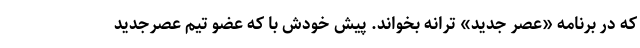
که در برنامه «عصر جدید» ترانه بخواند. پیش خودش با که عضو تیم عصرجدید